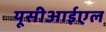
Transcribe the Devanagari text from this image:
यूसीआईएल